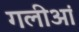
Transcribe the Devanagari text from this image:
गलीआं